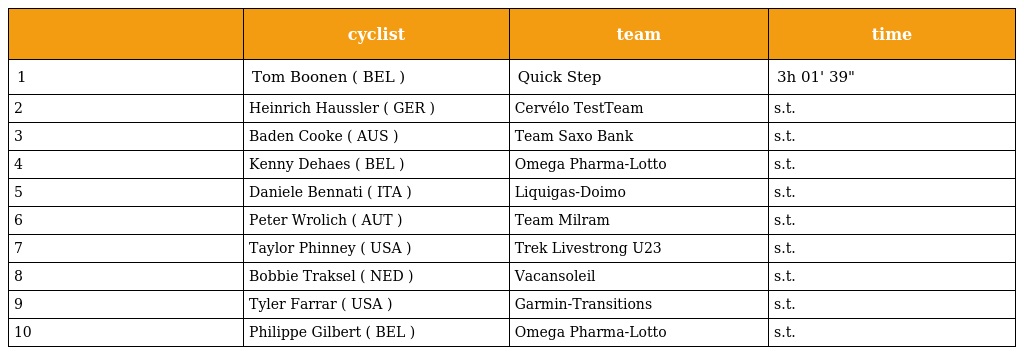
|  | cyclist | team | time |
 | --- | --- | --- | --- |
 | 1 | Tom Boonen ( BEL ) | Quick Step | 3h 01' 39" |
 | 2 | Heinrich Haussler ( GER ) | Cervélo TestTeam | s.t. |
 | 3 | Baden Cooke ( AUS ) | Team Saxo Bank | s.t. |
 | 4 | Kenny Dehaes ( BEL ) | Omega Pharma-Lotto | s.t. |
 | 5 | Daniele Bennati ( ITA ) | Liquigas-Doimo | s.t. |
 | 6 | Peter Wrolich ( AUT ) | Team Milram | s.t. |
 | 7 | Taylor Phinney ( USA ) | Trek Livestrong U23 | s.t. |
 | 8 | Bobbie Traksel ( NED ) | Vacansoleil | s.t. |
 | 9 | Tyler Farrar ( USA ) | Garmin-Transitions | s.t. |
 | 10 | Philippe Gilbert ( BEL ) | Omega Pharma-Lotto | s.t. |